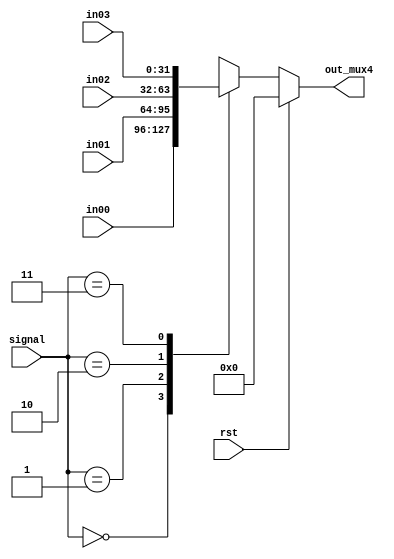
`timescale 1ns / 1ps
//////////////////////////////////////////////////////////////////////////////////
// Company: 
// Engineer: 
// 
// Design Name: 
// Module Name:    mux4 
// Project Name: 
// Target Devices: 
// Tool versions: 
// Description: 
//
// Dependencies: 
//
// Revision: 
// Revision 0.01 - File Created
// Additional Comments: 
//
//////////////////////////////////////////////////////////////////////////////////
module mux4(
	 input rst,
    input [31:0] in00,
    input [31:0] in01,
    input [31:0] in02,
    input [31:0] in03,
    input [1:0] signal,
    output reg [31:0] out_mux4
    );


	always@(*) begin
		if (rst == 1) out_mux4 <= 0;
		else begin	
			 case(signal)
				2'b00: begin
							out_mux4 <= in00;
							end
				2'b01: begin
							out_mux4 <= in01;
							end
				2'b10: begin
							out_mux4 <= in02;
							end
				2'b11: begin
							out_mux4 <= in03;
							end
			endcase
		end
	end

endmodule